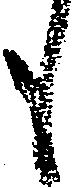
も